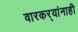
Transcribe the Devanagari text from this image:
वारकर्‍यांनाही